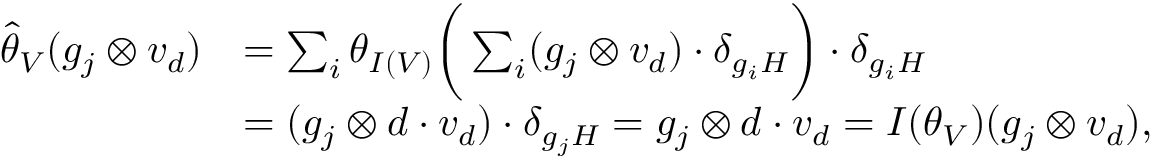
\begin{array} { r l } { \hat { \theta } _ { V } ( g _ { j } \otimes v _ { d } ) } & { = \sum _ { i } \theta _ { I ( V ) } \bigg ( \sum _ { i } ( g _ { j } \otimes v _ { d } ) \cdot \delta _ { g _ { i } H } \bigg ) \cdot \delta _ { g _ { i } H } } \\ & { = ( g _ { j } \otimes d \cdot v _ { d } ) \cdot \delta _ { g _ { j } H } = g _ { j } \otimes d \cdot v _ { d } = I ( \theta _ { V } ) ( g _ { j } \otimes v _ { d } ) , } \end{array}